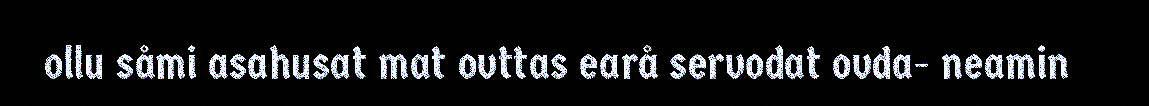
ollu såmi asahusat mat ovttas earå servodat ovda- neamin